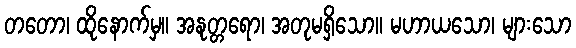
တတော၊ ထိုနောက်မှ။ အနုတ္တရော၊ အတုမရှိသော။ မဟာယသော၊ များသော